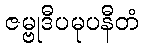
ဇမ္ဗုဒီပမုပနီတံ